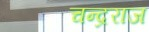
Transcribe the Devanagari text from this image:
चन्द्रराज